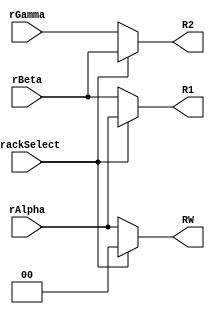
module regTS (
    input trackSelect,
    input [1:0] rAlpha,
    input [1:0] rBeta,
    input [1:0] rGamma,
    output reg [1:0] R1,
    output reg [1:0] R2,
    output reg [1:0] RW
);

  always @* begin
    if (trackSelect) begin
      R1 <= rAlpha;
      R2 <= rBeta;
      RW <= 0;  // dont care
    end else begin
      R1 <= rBeta;
      R2 <= rGamma;
      RW <= rAlpha;
    end
  end

endmodule